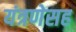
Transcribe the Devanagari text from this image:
यंत्रणेसह